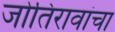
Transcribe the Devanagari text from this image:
जोतिरावांचा